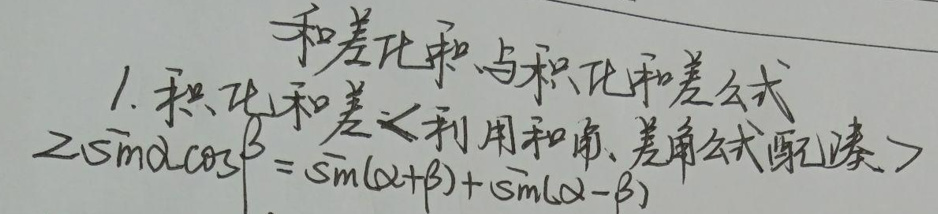
1. 积化和差与和差化积公式
   - 积化和差（利用和角、差角公式配凑）：
\[2\sin\alpha\cos\beta=\sin(\alpha + \beta)+\sin(\alpha-\beta)\]